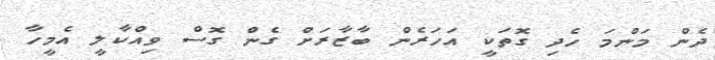
ދެން މަންމަ ހެދި ގޮތަކީ އަހަރެން ބާޒާރަށް ގެން ގޮސް ވިއްކާލީ އެމީހާ